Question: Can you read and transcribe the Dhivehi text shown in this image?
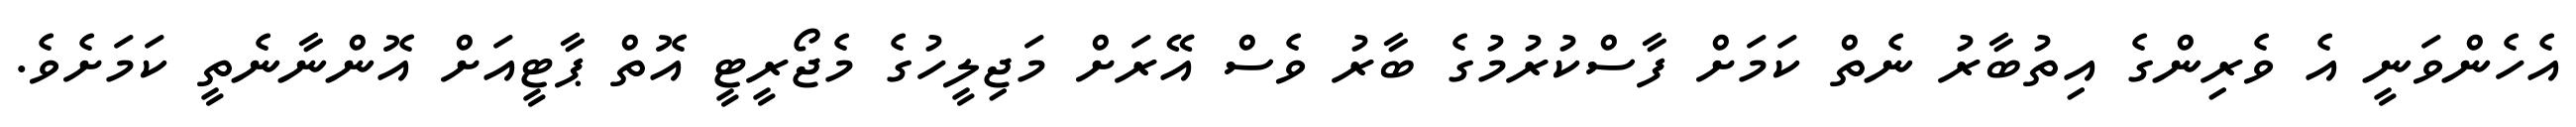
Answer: އެހެންވަނީ އެ ވެރިންގެ އިތުބާރު ނެތް ކަމަށް ފާސްކުރުމުގެ ބާރު ވެސް އޭރަށް މަޖިލީހުގެ މެޖޯރީޓީ އޮތް ޕާޓީއަށް އޮންނާނެތީ ކަމަށެވެ.